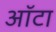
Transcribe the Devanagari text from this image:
ऑटा